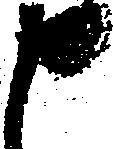
申